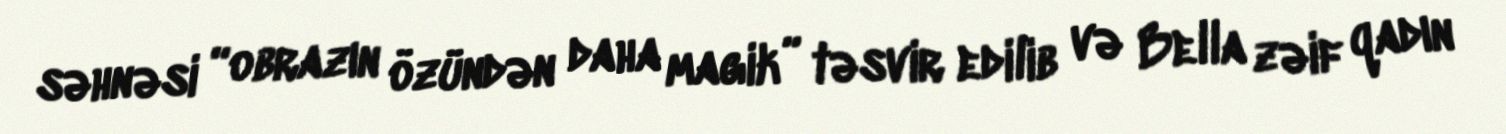
səhnəsi “obrazın özündən daha magik” təsvir edilib və Bella zəif qadın